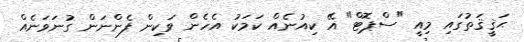
ޙަޤީޤަތުގައި މިއީ "ސްޕޮޓް" އޭ ކިއުނެއް ކަމަކު އެހެން ވަކިން ފެންނަން ގުނަވަނެއް